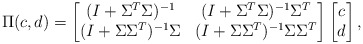
\begin{align*}\Pi(c,d) = \begin{bmatrix}(I + \Sigma^T\Sigma)^{-1} & (I + \Sigma^T\Sigma)^{-1}\Sigma^T \\(I + \Sigma\Sigma^T)^{-1}\Sigma &(I + \Sigma\Sigma^T)^{-1}\Sigma\Sigma^T\end{bmatrix}\begin{bmatrix} c \\ d\end{bmatrix},\end{align*}